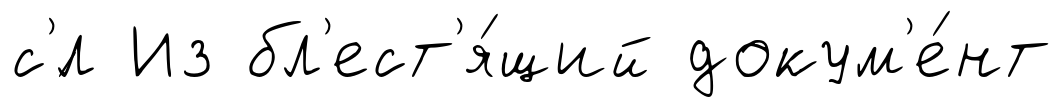
с'́л Из бл'ест'я́щий докум'е́нт